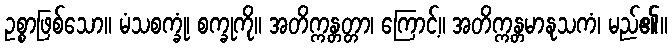
ဥစ္စာဖြစ်သော။ မံသစက္ခုံ၊ စက္ခုကို။ အတိက္ကန္တတ္တာ၊ ကြောင့်။ အတိက္ကန္တမာနုသကံ၊ မည်၏။